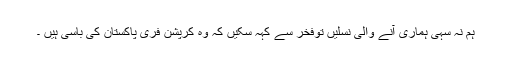
ہم نہ سہی ہماری آنے والی نسلیں توفخر سے کہہ سکیں کہ وہ کرپشن فری پاکستان کی باسی ہیں ۔